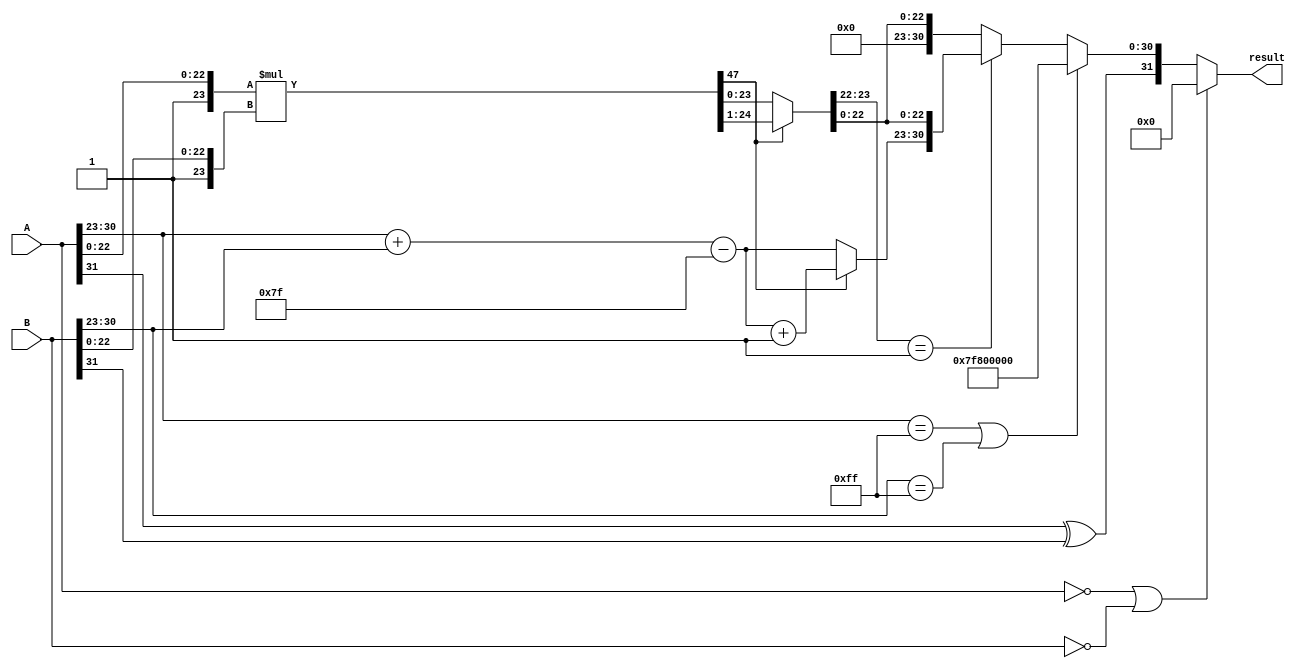
module floating_point_multiplier (
    input [31:0] A, // Single precision input A
    input [31:0] B, // Single precision input B
    output reg [31:0] result // Single precision output result
);

    // Constants for single precision
    localparam EXPONENT_BIAS = 8'd127;
    localparam MANTISSA_WIDTH = 23;
    localparam MANTISSA_SIZE = MANTISSA_WIDTH + 1; // Including implicit leading 1

    // Decomposing inputs
    wire sign_A = A[31];
    wire sign_B = B[31];
    wire [7:0] exp_A = A[30:23];
    wire [7:0] exp_B = B[30:23];
    wire [MANTISSA_WIDTH:0] mant_A = {1'b1, A[22:0]}; // Implicit leading 1
    wire [MANTISSA_WIDTH:0] mant_B = {1'b1, B[22:0]}; // Implicit leading 1

    // Result components
    reg sign_result;
    reg [8:0] exp_result; // 9 bits to handle overflow
    reg [2*MANTISSA_SIZE-1:0] mant_result; // Product of mantissas

    // Intermediate variables
    wire [7:0] exp_sum = exp_A + exp_B;
    wire [7:0] exp_result_raw = exp_sum - EXPONENT_BIAS;

    // Multiplication of mantissas
    always @(*) begin
        // Calculate sign
        sign_result = sign_A ^ sign_B;

        // Multiply mantissas
        mant_result = mant_A * mant_B;

        // Check for normalization
        if (mant_result[2*MANTISSA_SIZE-1]) begin
            // Overflow case
            mant_result = mant_result >> 1; // Shift right
            exp_result = exp_result_raw + 1; // Increment exponent
        end else begin
            // Normal case
            exp_result = exp_result_raw;
        end

        // Handle zero multiplication
        if (A == 32'b0 || B == 32'b0) begin
            result = 32'b0;
        end else begin
            // Handle special cases (Infinity and NaN)
            if (exp_A == 8'hFF || exp_B == 8'hFF) begin
                // If either input is infinity or NaN
                if (mant_A == 0 || mant_B == 0) begin
                    // If either mantissa is zero, result is NaN
                    result = {sign_result, 8'hFF, 23'b1_0000_0000_0000_0000_0000_000}; // NaN
                end else begin
                    // If either input is infinity, result is infinity
                    result = {sign_result, 8'hFF, 23'b0}; // Infinity
                end
            end else begin
                // Normalization and rounding
                if (mant_result[MANTISSA_SIZE-1:MANTISSA_SIZE-2] == 2'b01) begin
                    // Normalized case
                    result = {sign_result, exp_result[7:0], mant_result[MANTISSA_SIZE-2:0]};
                end else begin
                    // Denormalized case (if needed)
                    // Additional logic for denormalization can be added here
                    result = {sign_result, 8'b0, mant_result[MANTISSA_SIZE-2:0]};
                end
            end
        end
    end
endmodule